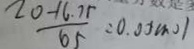
\frac { 2 0 - 1 6 . 7 r } { 6 5 } = 0 . 0 5 m o l